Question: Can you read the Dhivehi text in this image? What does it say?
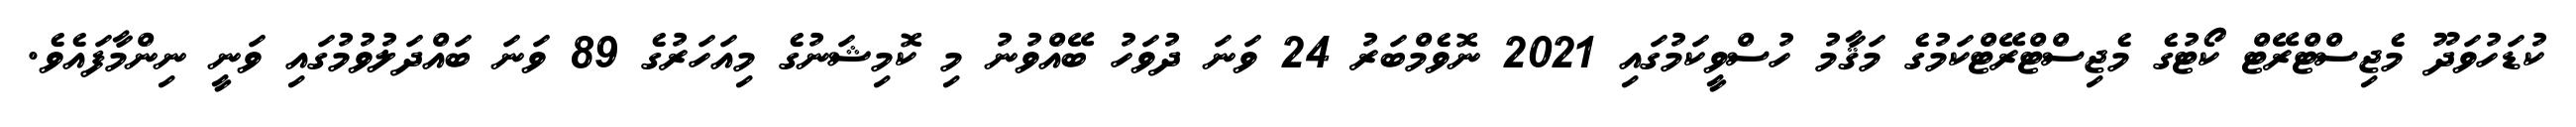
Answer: ކުޑަހުވަދޫ މެޖިސްޓްރޭޓް ކޯޓުގެ މެޖިސްޓްރޭޓްކަމުގެ މަޤާމު ހުސްވީކަމުގައި 2021 ނޮވެމްބަރު 24 ވަނަ ދުވަހު ބޭއްވުނު މި ކޮމިޝަނުގެ މިއަހަރުގެ 89 ވަނަ ބައްދަލުވުމުގައި ވަނީ ނިންމާފައެވެ.